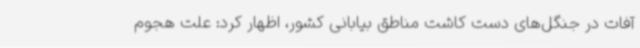
آفات در جنگل‌های دست کاشت مناطق بیابانی کشور، اظهار کرد: علت هجوم